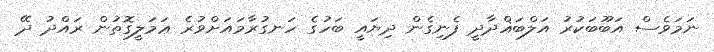
ނަމަވެސް އަބޫބަކުރު އަލްބަޣްދާދީ ފެނިގެން ދިޔައީ ބަހުގެ ހަނގުރާމައަށްވުރެ ޢަމަލީގޮތުން ރައްދު ދޭ